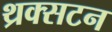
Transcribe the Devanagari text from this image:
थ्रक्सटन